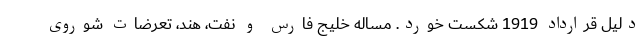
دلیل قرارداد 1919 شکست خورد. مساله خلیج فارس و نفت، هند، تعرضات شوروی